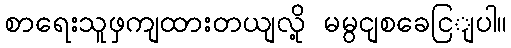
စာရေးသူဖှကျထားတယျလို့ မမွငျစခေငြျပါ။